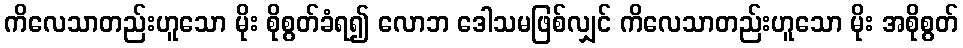
ကိလေသာတည်းဟူသော မိုး စိုစွတ်ခံရ၍ လောဘ ဒေါသမဖြစ်လျှင် ကိလေသာတည်းဟူသော မိုး အစိုစွတ်